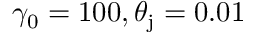
\gamma _ { 0 } = 1 0 0 , \theta _ { \mathrm { j } } = 0 . 0 1